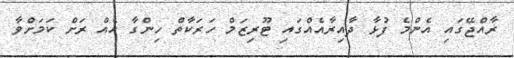
ރާއްޖޭގައި އެންމެ ފުޅާ ދާއިރާއެއްގައި ޓޫރިޒަމް ހަރަކާތް ހިންގާ އެއް ރަށް ކަމަށްވާ